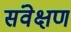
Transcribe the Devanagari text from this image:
संवेक्षण